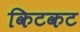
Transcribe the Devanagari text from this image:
किटकट